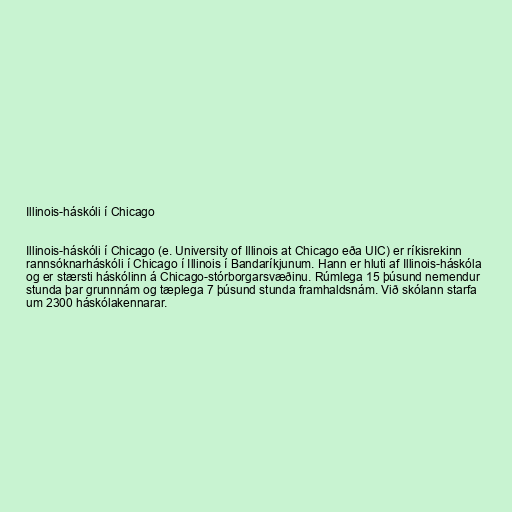
Illinois-háskóli í Chicago

Illinois-háskóli í Chicago (e. University of Illinois at Chicago eða UIC) er ríkisrekinn
rannsóknarháskóli í Chicago í Illinois í Bandaríkjunum. Hann er hluti af Illinois-háskóla
og er stærsti háskólinn á Chicago-stórborgarsvæðinu. Rúmlega 15 þúsund nemendur
stunda þar grunnnám og tæplega 7 þúsund stunda framhaldsnám. Við skólann starfa
um 2300 háskólakennarar.